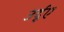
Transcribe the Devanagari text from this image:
उर्दूए